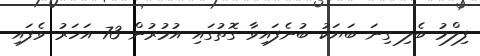
ފިލްމު ބެލި ގިނަ ބަޔަކު ބުނެފައިވާ ގޮތުގައި އުމުރުން 73 އަހަރު ވެފައި